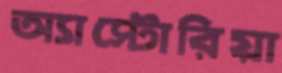
অ্যাস্টোরিয়া